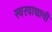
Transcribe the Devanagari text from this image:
स्वरवाद्याची